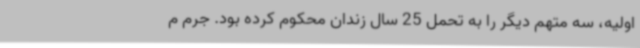
اولیه، سه متهم دیگر را به تحمل 25 سال زندان محکوم کرده بود. جرم م